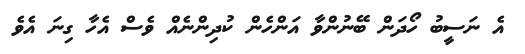
އެ ނަސީބު ހޯދަން ބޭނުންވާ އަންހެން ކުދިންނެއް ވެސް އެހާ ގިނަ އެވެ